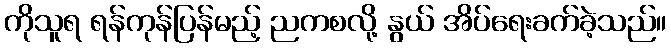
ကိုသူရ ရန်ကုန်ပြန်မည့် ညကစလို့ နွယ် အိပ်ရေးခက်ခဲ့သည်။